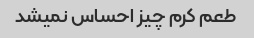
طعم کرم چیز احساس نمیشد